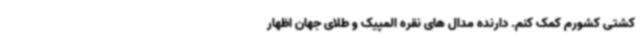
کشتی کشورم کمک کنم. دارنده مدال های نقره المپیک و طلای جهان اظهار